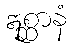
ဣစ္ဆာနံ